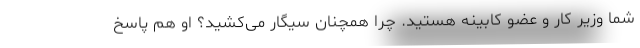
شما وزیر کار و عضو کابینه هستید. چرا همچنان سیگار می‌کشید؟ او هم پاسخ